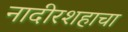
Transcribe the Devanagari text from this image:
नादीरशहाचा